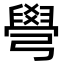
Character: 𦦎